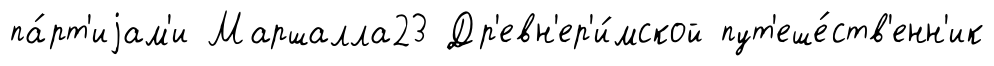
па́рт'иjам'и Маршалла23 Др'евн'ер'и́мской пут'еше́ств'енн'ик